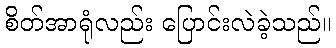
စိတ်အာရုံလည်း ပြောင်းလဲခဲ့သည်။